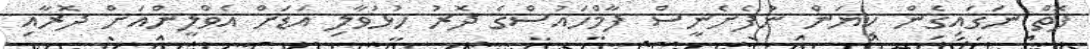
ފޮތް ނަގައިގެން ކިޔަން ނުފެށެނީސް ފާމްހައުސްގެ ދޮރު ހުޅުވާލި އަޑަށް އެވްލީންއަށް ދޮރާއި